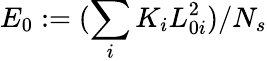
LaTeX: E_{0}:=(\sum_{i}{K_{i}L_{0i}^{2}})/N_{s}